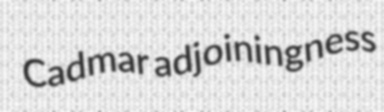
Cadmar adjoiningness